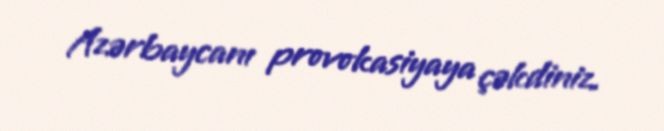
Azərbaycanı provokasiyaya çəkdiniz.